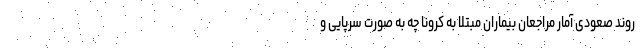
روند صعودی آمار مراجعان بیماران مبتلا به کرونا چه به صورت سرپایی و